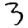
Digit: 3